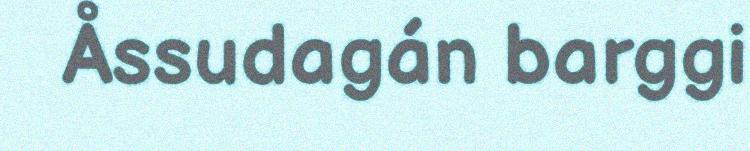
Åssudagán barggi